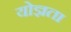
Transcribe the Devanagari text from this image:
योज्ञता